Scientific memoirs by medical officers of the Army of India - Part IV,
Year: 1889
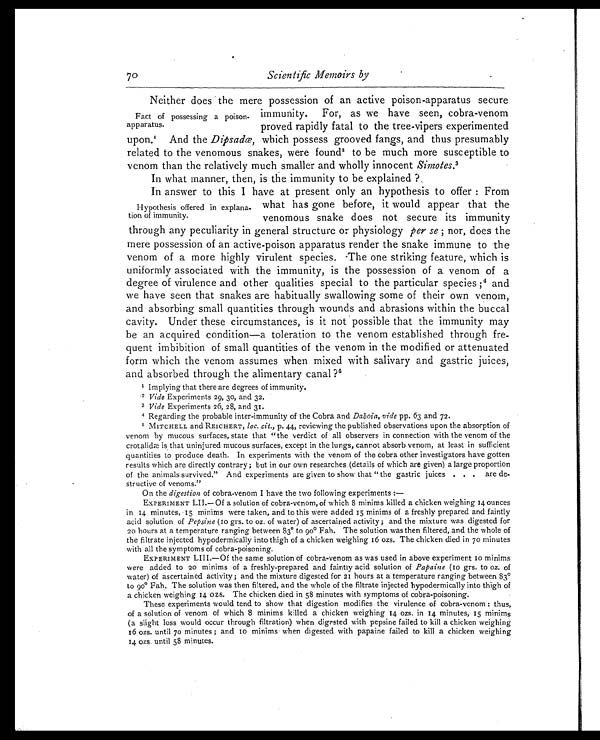
70
Scientific Memoirs by
Neither does the mere possession of an active poison-apparatus secure
immunity. For, as we have seen, cobra-venom
proved rapidly fatal to the tree-vipers experimented
upon. 1 And t heD i p s a d œ ,
w h i c h p o s s e s s g r o o v e d f a n g s , a n d t h u s p r e s u m a b l y
related to the venomous snakes, were found 2 to be much more susceptible to
venom than the relatively much smaller and wholly innocent Simotes.3
In what manner, then, is the immunity to be explained?
In answer to this I have at present only an hypothesis to offer: From
what has gone before, it would appear that the
venomous snake does not secure its immunity
through any peculiarity in general structure or physiology per se;n o r , d o e s t h e
mere possession of an active-poison apparatus render the snake immune to the
venom of a more highly virulent species. The one striking feature, which is
uniformly associated with the immunity, is the possession of a venom of a
degree of virulence and other qualities special to the particular species; 4 and
we have seen that snakes are habitually swallowing some of their own venom,
and absorbing small quantities through wounds and abrasions within the buccal
cavity. Under these circumstances, is it not possible that the immunity may
be an acquired condition—a toleration to the venom established through fre
- q u e n t i m b i b i t i o n o f s m a l l q u a n t i t i e s o f t h e v e n o m i n t h e m o d i f i e d o r a t t e n u a t e d
form which the venom assumes when mixed with salivary and gastric juices,
and absorbed through the alimentary canal?5
1 I m p l y i n g t h a t t h e r e a r e d e g r e e s o f i m m u n i t y .
2 V i d e
E x p e r i m e n t s
2 9 ,
3 0 , a n d 3 2 .
3 V i d e
E x p e r i m e n t s 2 6 , 2 8 , a n d 3 1 .
4 R e g a r d i n g t h e p r o b a b l e i n t e r - i m m u n i t y o f t h e C o b r a a n dD
a b o i a , v i d e
p p . 6 3 a n d 7 2 .
5 MITCHELL and REICHERT, l o c . c i t . ,
p . 4 4 , r e v i e w i n g t h e p u b l i s h e d o b s e r v a t i o n s u p o n t h e a b s o r p t i o n o f
venom by mucous surfaces, state that "the verdict of all observers in connection with the venom of the
crotaliæ is that uninjured mucous surfaces, except in the lungs, cannot absorb venom, at least in sufficient
quantities to produce death. In experiments with the venom of the cobra other investigators have gotten
results which are directly contrary; but in our own researches (details of which are given) a large proportion
of the animals survived." And experiments are given to show that "the gastric juices . . . are de-
structive of venoms."
On the digestion of cobra-venom I have the two following experiments :
—
EXPERIMENT LII.—O f a s o l u t i o n o f c o b r a - v e n o m , o f w h i c h 8 m i n i m s k i l l e d a c h i c k e n w e i g h i n g 1 4 o u n c e s
in 14 minutes, 15 minims were taken, and to this were added 15 minims of a freshly prepared and faintly
acid solution of Pepsine (10 grs. to oz. of water) of ascertained activity; and the mixture was digested for
20 hour s at a t emper at ur e r angi ng bet ween 83° t o 90° Fah. The sol ut i on was t hen f i l t er ed, and t he whol e of
the filtrate injected hypodermically into thigh of a chicken weighing 16 ozs. The chicken died in 70 minutes
with all the symptoms of cobra-poisoning.
EXPERIMENT LIII.—Of the same solution of cobra-venom as was used in above experiment 10 minims
were added to 20 minims of a freshly-prepared and faintly acid solution of P a p a i n e
( 1 0 g r s . t o o z . o f
water) of ascertained activity; and the mixture digested for 21 hours at a temperature ranging between 83°t
o 90° Fah. The solution was then filtered, and the whole of the filtrate injected hypodermically into thigh of
a chicken weighing 14 ozs. The chicken died in 58 minutes with symptoms of cobra-poisoning.
These experiments would tend to show that digestion modifies the virulence of cobra-venom: thus,
of a solution of venom of which 8 minims killed a chicken weighing 14 ozs. in 14 minutes, 15 minims
(a slight loss would occur through filtration) when digested with pepsine failed to kill a chicken weighing
16 ozs. until 70 minutes; and 10 minims when digested with papaine failed to kill a chicken weighing
14 ozs. until 58 minutes.
Fact of possessing a poison-
apparatus.
Hypothesis offered in explana
-tion of immunity.